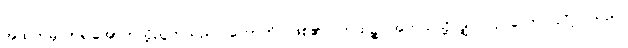
အထက်မှလာ၍အောက်သို့ညွတ်သည်။ ဟောတိ၊ ဖြစ်၏။ ကထဉ္စ၊ အဘယ်သို့လျှင်။ ပုဂ္ဂလော၊ ပုဂ္ဂိုလ်သည်။